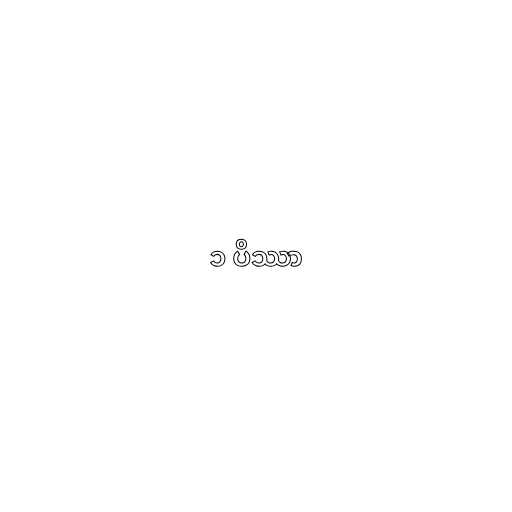
၁ ပိဿာ